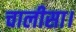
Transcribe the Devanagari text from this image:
चालीसा।